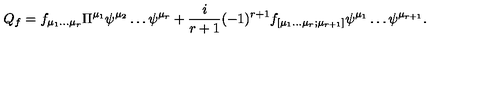
Q _ { f } = f _ { \mu _ { 1 } \dots \mu _ { r } } \Pi ^ { \mu _ { 1 } } \psi ^ { \mu _ { 2 } } \dots \psi ^ { \mu _ { r } } + \frac { i } { r + 1 } ( - 1 ) ^ { r + 1 } f _ { [ \mu _ { 1 } \dots \mu _ { r } ; \mu _ { r + 1 } ] } \psi ^ { \mu _ { 1 } } \dots \psi ^ { \mu _ { r + 1 } } .